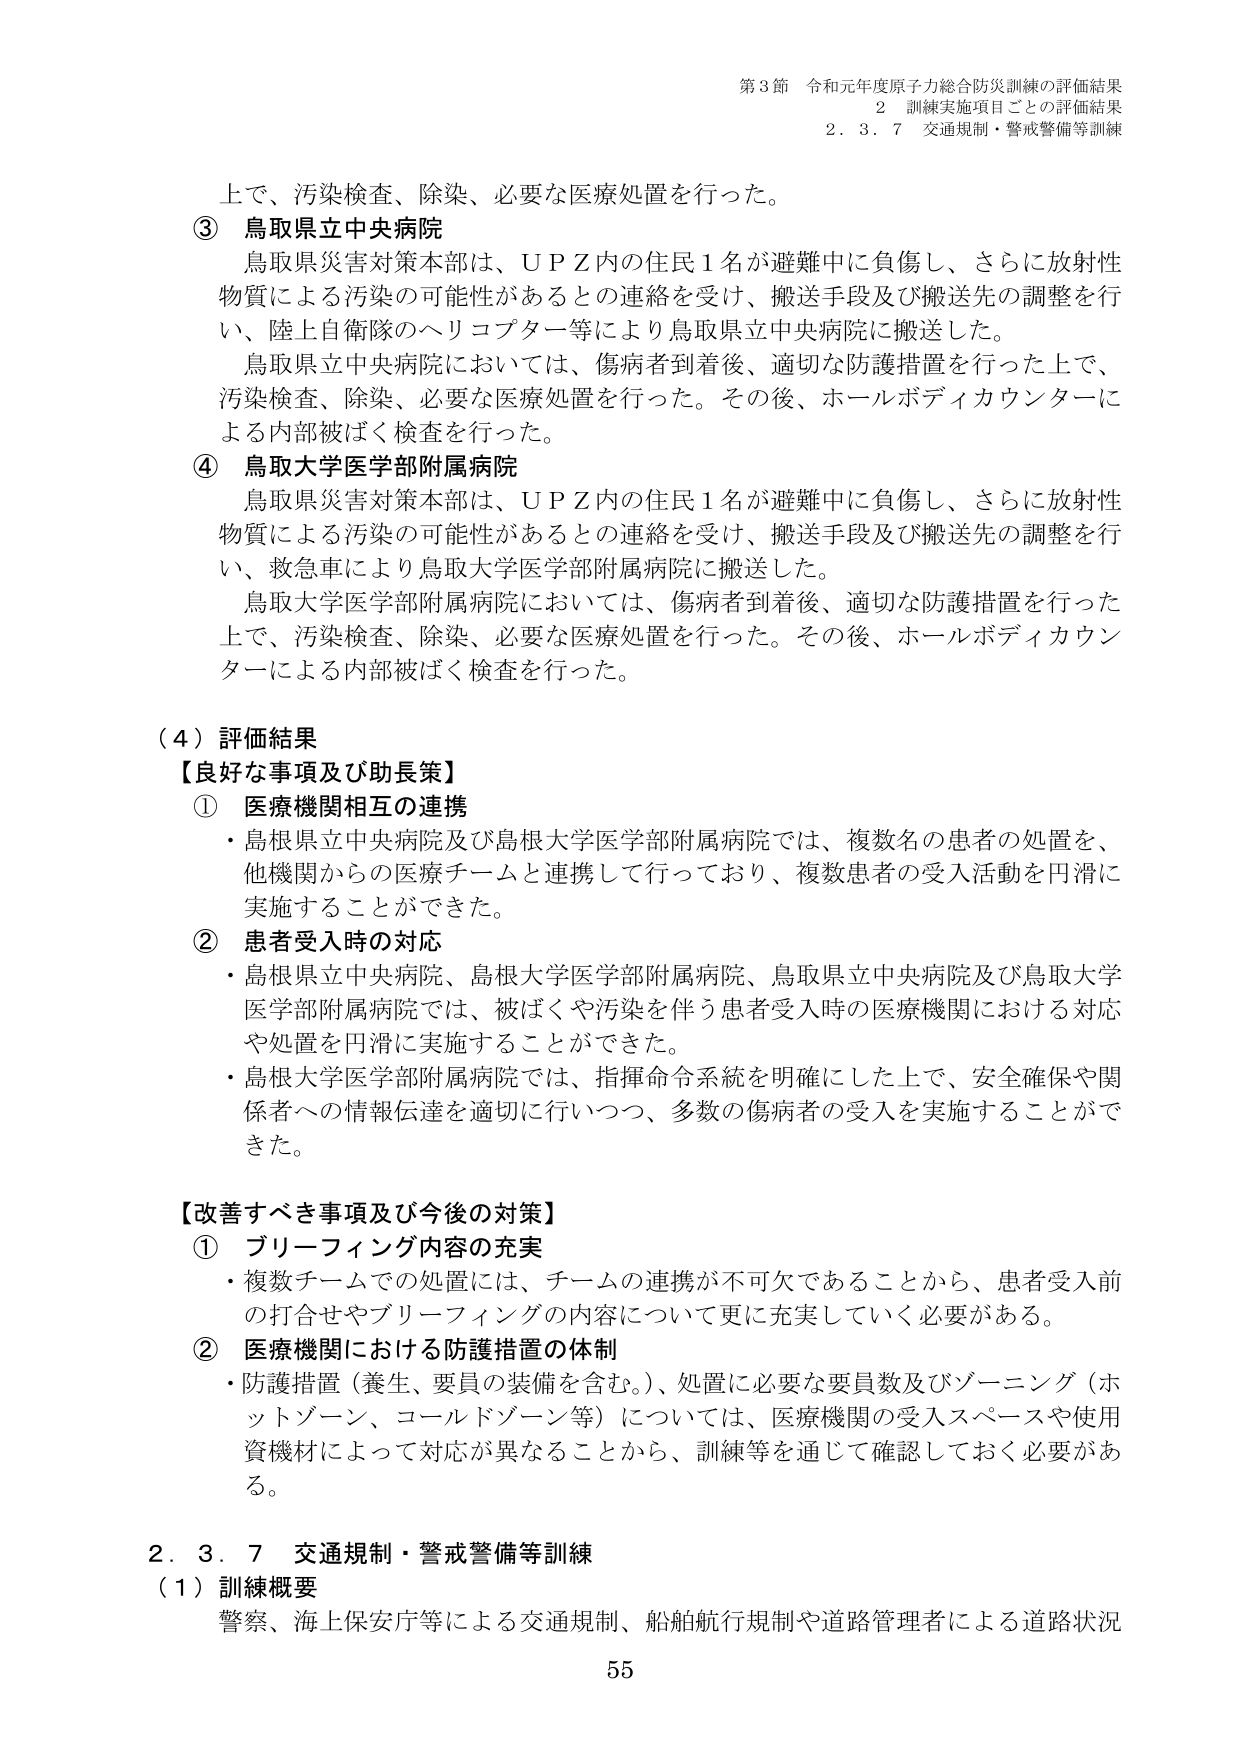
第3節 令和元年度原子力総合防災訓練の評価結果
2 訓練実施項目ごとの評価結果
2．3．7 交通規制・警戒警備等訓練

上で、汚染検査、除染、必要な医療処置を行った。
③ 鳥取県立中央病院
鳥取県災害対策本部は、ＵＰＺ内の住民１名が避難中に負傷し、さらに放射性物質による汚染の可能性があるとの連絡を受け、搬送手段及び搬送先の調整を行い、陸上自衛隊のヘリコプター等により鳥取県立中央病院に搬送した。
鳥取県立中央病院においては、傷病者到着後、適切な防護措置を行った上で、汚染検査、除染、必要な医療処置を行った。その後、ホールボディカウンターによる内部被ばく検査を行った。
④ 鳥取大学医学部附属病院
鳥取県災害対策本部は、ＵＰＺ内の住民１名が避難中に負傷し、さらに放射性物質による汚染の可能性があるとの連絡を受け、搬送手段及び搬送先の調整を行い、救急車により鳥取大学医学部附属病院に搬送した。
鳥取大学医学部附属病院においては、傷病者到着後、適切な防護措置を行った上で、汚染検査、除染、必要な医療処置を行った。その後、ホールボディカウンターによる内部被ばく検査を行った。

（４）評価結果
【良好な事項及び助長策】
① 医療機関相互の連携
・島根県立中央病院及び島根大学医学部附属病院では、複数名の患者の処置を、他機関からの医療チームと連携して行っており、複数患者の受入活動を円滑に実施することができた。
② 患者受入時の対応
・島根県立中央病院、島根大学医学部附属病院、鳥取県立中央病院及び鳥取大学医学部附属病院では、被ばくや汚染を伴う患者受入時の医療機関における対応や処置を円滑に実施することができた。
・島根大学医学部附属病院では、指揮命令系統を明確にした上で、安全確保や関係者への情報伝達を適切に行いつつ、多数の傷病者の受入を実施することができた。

【改善すべき事項及び今後の対策】
① ブリーフィング内容の充実
・複数チームでの処置には、チームの連携が不可欠であることから、患者受入前の打合せやブリーフィングの内容について更に充実していく必要がある。
② 医療機関における防護措置の体制
・防護措置（養生、要員の装備を含む。）、処置に必要な要員数及びゾーニング（ホットゾーン、コールドゾーン等）については、医療機関の受入スペースや使用資機材によって対応が異なることから、訓練等を通じて確認しておく必要がある。

2．3．7 交通規制・警戒警備等訓練
（1）訓練概要
警察、海上保安庁等による交通規制、船舶航行規制や道路管理者による道路状況

55